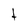
Character: t